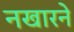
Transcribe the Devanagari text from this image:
नखारने